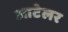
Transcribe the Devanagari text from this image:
आटेलर